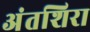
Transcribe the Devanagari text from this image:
अंतशिरा